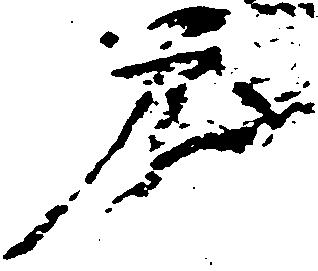
庄